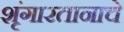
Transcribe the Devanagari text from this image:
शृंगारतानाचे